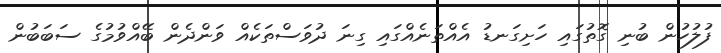
ފުލުހުން ބުނި ގޮތުގައި ހަށިގަނޑު އެއްތަނެއްގައި ގިނަ ދުވަސްތަކެއް ވަންދެން ބޭއްވުމުގެ ސަބަބުން